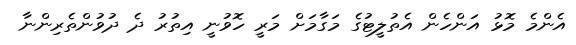
އެންމެ މޮޅު އަންހެން އެތުލީޓުގެ މަގާމަށް މަރީ ހޮވުނީ އިތުރު ދެ ދުވުންތެރިންނާ